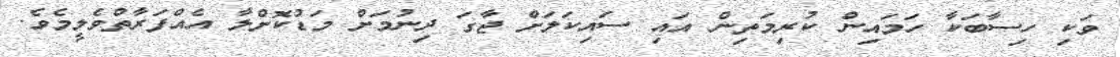
ވަކި ހިސާބަކާ ހަމައިން ކުރިމަތިން އައި ސައިކަލަށް ޖާގަ ދިނުމަށް މަޑުކޮށްލާ އެއްފަރާތްވެލީމެވެ.